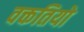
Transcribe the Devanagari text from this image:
वक्ततियो